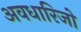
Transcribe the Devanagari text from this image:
अवधारिजो